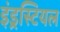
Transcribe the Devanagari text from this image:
इंड्रस्टियल